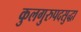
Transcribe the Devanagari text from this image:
कुलगुरुपदसुद्धा